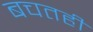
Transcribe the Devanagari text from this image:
बचतही